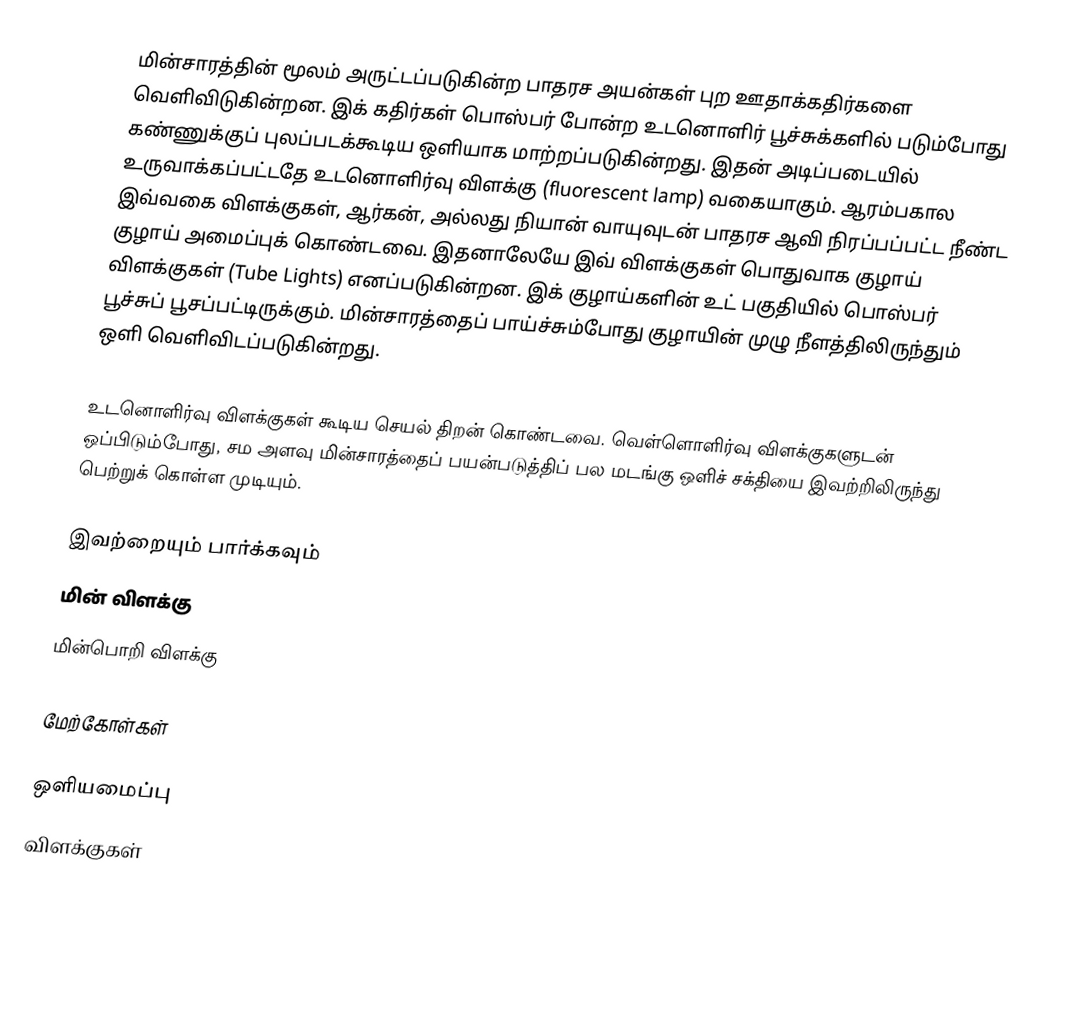
மின்சாரத்தின் மூலம் அருட்டப்படுகின்ற பாதரச அயன்கள் புற ஊதாக்கதிர்களை வெளிவிடுகின்றன. இக் கதிர்கள் பொஸ்பர் போன்ற உடனொளிர் பூச்சுக்களில் படும்போது கண்ணுக்குப் புலப்படக்கூடிய ஒளியாக மாற்றப்படுகின்றது. இதன் அடிப்படையில் உருவாக்கப்பட்டதே உடனொளிர்வு விளக்கு (fluorescent lamp) வகையாகும். ஆரம்பகால இவ்வகை விளக்குகள், ஆர்கன், அல்லது நியான் வாயுவுடன் பாதரச ஆவி நிரப்பப்பட்ட நீண்ட குழாய் அமைப்புக் கொண்டவை. இதனாலேயே இவ் விளக்குகள் பொதுவாக குழாய் விளக்குகள் (Tube Lights) எனப்படுகின்றன. இக் குழாய்களின் உட் பகுதியில்  பொஸ்பர் பூச்சுப் பூசப்பட்டிருக்கும். மின்சாரத்தைப் பாய்ச்சும்போது குழாயின் முழு நீளத்திலிருந்தும் ஒளி வெளிவிடப்படுகின்றது.

உடனொளிர்வு விளக்குகள் கூடிய செயல் திறன் கொண்டவை. வெள்ளொளிர்வு விளக்குகளுடன் ஒப்பிடும்போது, சம அளவு மின்சாரத்தைப் பயன்படுத்திப் பல மடங்கு ஒளிச் சக்தியை இவற்றிலிருந்து பெற்றுக் கொள்ள முடியும்.

இவற்றையும் பார்க்கவும்
 மின் விளக்கு
 மின்பொறி விளக்கு

மேற்கோள்கள்

ஒளியமைப்பு
விளக்குகள்